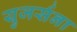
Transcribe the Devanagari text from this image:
युजर्सना